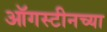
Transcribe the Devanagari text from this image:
ऑगस्टीनच्या